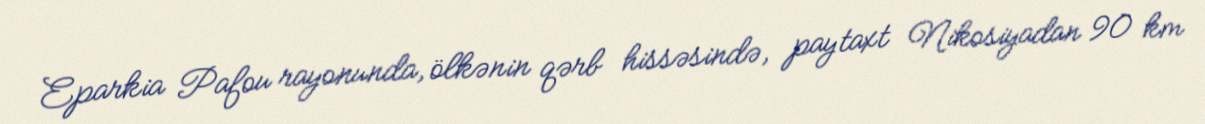
Eparkia Pafou rayonunda, ölkənin qərb hissəsində, paytaxt Nikosiyadan 90 km